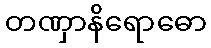
တဏှာနိရောဓော